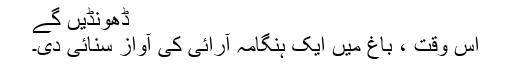
ڈھونڈیں گے
اس وقت ، باغ میں ایک ہنگامہ آرائی کی آواز سنائی دی۔